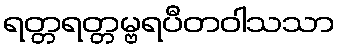
ရတ္တရတ္တမ္ဗရပီတဝါသသာ